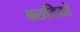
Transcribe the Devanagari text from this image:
बछडियों